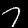
Digit: 7